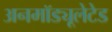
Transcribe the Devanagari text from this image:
अनमॉड्यूलेटेड